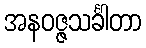
အနဝဇ္ဇသင်္ခါတာ